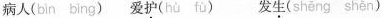
病人(bin bing)爱护( hù fǔ )发生( shěng shēn )